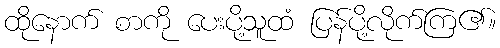
ထိုနောက် စာကို ပေးပို့သူထံ ပြန်ပို့လိုက်ကြ၏။